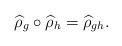
LaTeX: \begin{align*}\widehat{\rho}_g\circ \widehat{\rho}_h=\widehat{\rho}_{gh}.\end{align*}